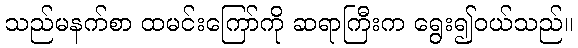
သည်မနက်စာ ထမင်းကြော်ကို ဆရာကြီးက ရွေး၍ဝယ်သည်။